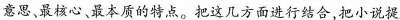
意思最核心 最本质的特点。把这几方面进行结合,把小说提